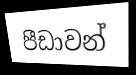
පීඩාවන්